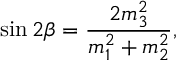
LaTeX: \sin 2 \beta = \frac { 2 m _ { 3 } ^ { 2 } } { m _ { 1 } ^ { 2 } + m _ { 2 } ^ { 2 } } ,